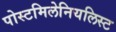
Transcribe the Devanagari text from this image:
पोस्टमिलेनियलिस्ट